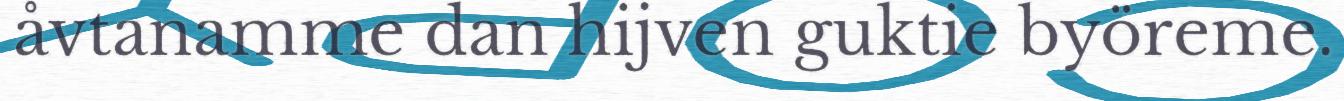
åvtanamme dan hijven guktie byöreme.